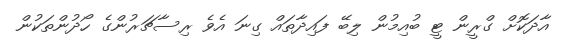
އާދަކޮށް ގްރީން ޓީ ބުއިމުން ލިބޭ ފައިދާތައް ގިނަ އެވެ ރިސާޗަރުންގެ ހޯދުންތަކުން